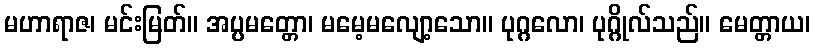
မဟာရာဇ၊ မင်းမြတ်။ အပ္ပမတ္တော၊ မမေ့မလျော့သော။ ပုဂ္ဂလော၊ ပုဂ္ဂိုလ်သည်။ မေတ္တာယ၊